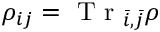
{ \rho } _ { i j } = \mathrm { ~ T ~ r ~ } _ { \bar { i } , \bar { j } } { \rho }